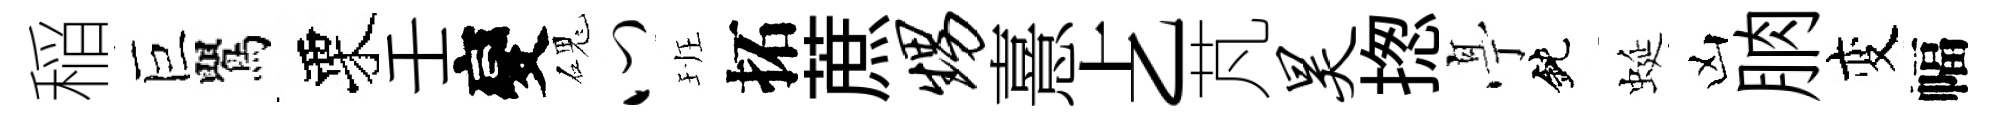
稲巨鸎栗壬變磈心班拓蔗甥憙𠧒芃昊揔𠅘鈍蜒凶朒变幅